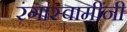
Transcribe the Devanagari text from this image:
रंगास्वामींनी